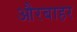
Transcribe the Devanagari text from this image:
औरबाहर